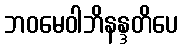
ဘဝမေဝါဘိနန္ဒတိပေ